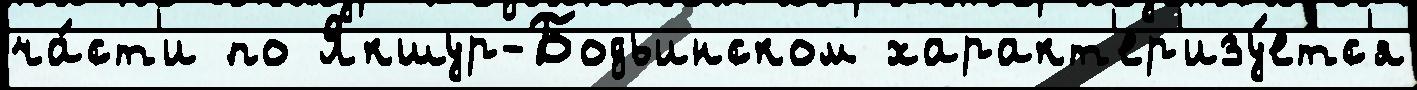
ча́ст'и по Якшур-Бодьинском характ'ер'изу́етс'я